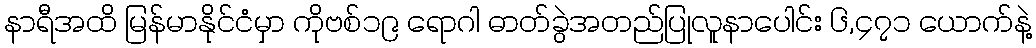
နာရီအထိ မြန်မာနိုင်ငံမှာ ကိုဗစ်၁၉ ရောဂါ ဓာတ်ခွဲအတည်ပြုလူနာပေါင်း ၆,၄၇၁ ယောက်နဲ့